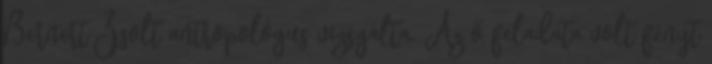
Bernert Zsolt antropológus vizsgálta. Az ő feladata volt fényt